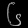
Digit: ၆